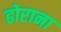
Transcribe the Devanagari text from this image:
ढोराना